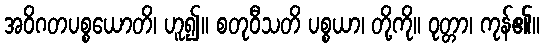
အဝိဂတပစ္စယောတိ၊ ဟူ၍။ စတုဝီသတိ ပစ္စယာ၊ တို့ကို။ ဝုတ္တာ၊ ကုန်၏။